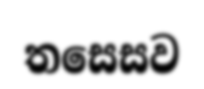
තසෙසව